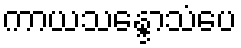
ကာယသန္ဒောသံပေ